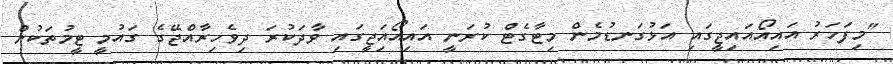
"މިފަހަރު އައިއޯއައިޖީގައި އަޅުގަނޑުމެން މިޓާގެޓް ކުރަނީ އައިއޯއަިޖީގައި ވާދަކުރަ ދިވެހިރާއްޖޭގެ ގައުމީ ޓީމުތަކުން